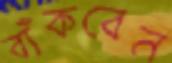
বাঁকবেন